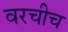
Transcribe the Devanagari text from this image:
वरचीच